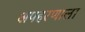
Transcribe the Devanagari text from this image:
अपहरणाला